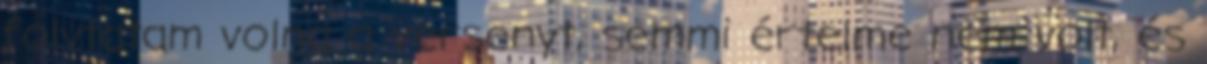
folytatam volna a versenyt, semmi értelme nem volt, és